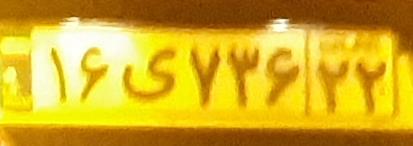
۱۶ی۷۳۶۲۲